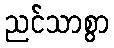
ညင်သာစွာ